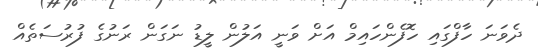
ދެވަނަ ހާފްގައި ހޮފެންހައިމް އަށް ވަނީ އަލުން ލީޑު ނަގަން ރަނުގެ ފުރުސަތެއް